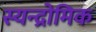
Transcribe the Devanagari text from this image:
स्यन्द्रोमिक